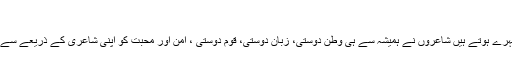
‘‘اس مختصر ...
شاعروں کے الفاظ بہت ہی گہرے ہوتے ہیں شاعروں نے ہمیشہ سے ہی وطن دوستی، زبان دوستی، قوم دوستی ، امن اور محبت کو اپنی شاعری کے ذریعے سے ابھارنے کی کوشش کی ہے۔